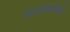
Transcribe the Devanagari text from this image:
कन्दालाक्श्की